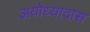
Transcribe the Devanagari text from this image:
अयोध्यादास